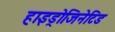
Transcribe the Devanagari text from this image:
हाइड्रोजिनेटिड